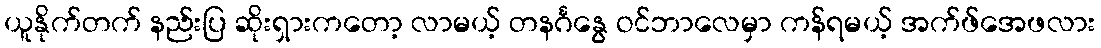
ယူနိုက်တက် နည်းပြ ဆိုးရှားကတော့ လာမယ့် တနင်္ဂနွေ ဝင်ဘာလေမှာ ကန်ရမယ့် အက်ဖ်အေဖလား